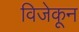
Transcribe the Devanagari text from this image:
विजेकून